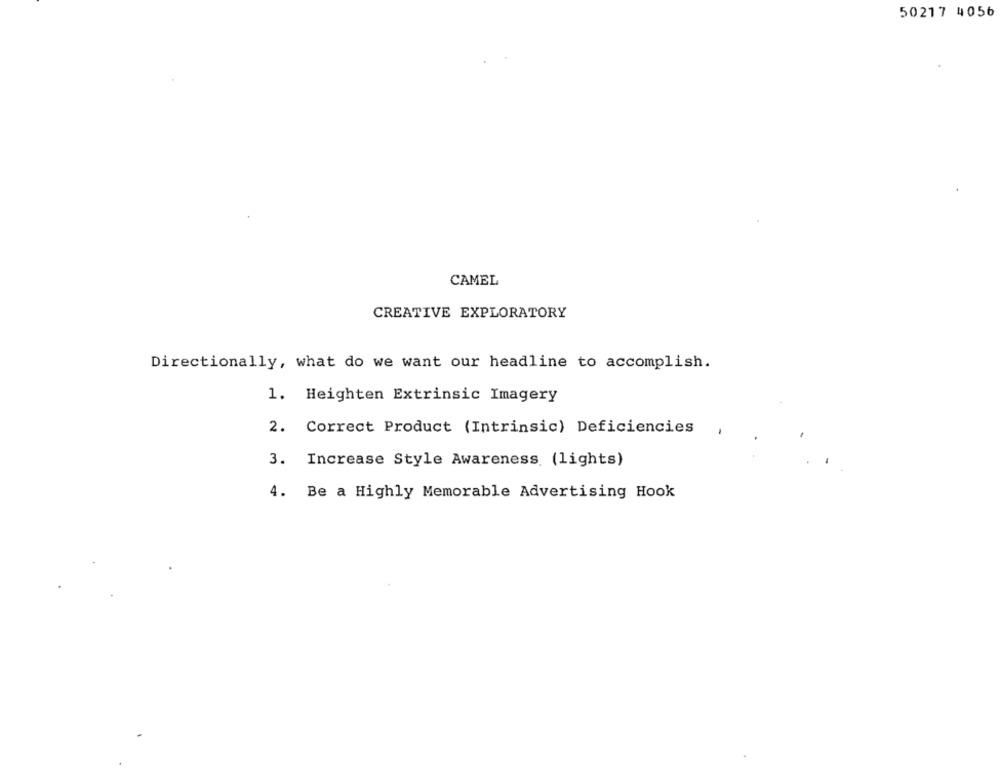
50217 4056
CAMEL
CREATIVE EXPLORATORY
Directionally, what do we want our headline to accomplish.
1. Heighten Extrinsic Imagery
2. Correct Product (Intrinsic) Deficiencies
3. Increase Style Awareness (lights)
4. Be a Highly Memorable Advertising Hook